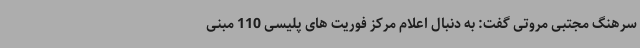
سرهنگ مجتبی مروتی گفت: به دنبال اعلام مرکز فوریت های پلیسی 110 مبنی